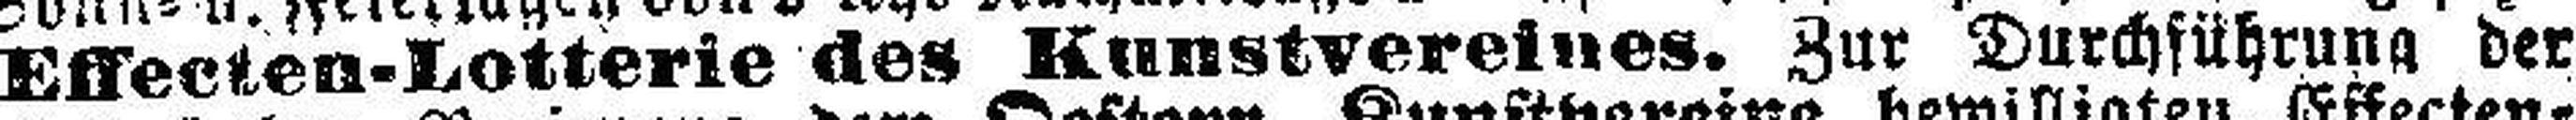
Effecten-Lotterie des Kunstvereines. Zur Durchführung der